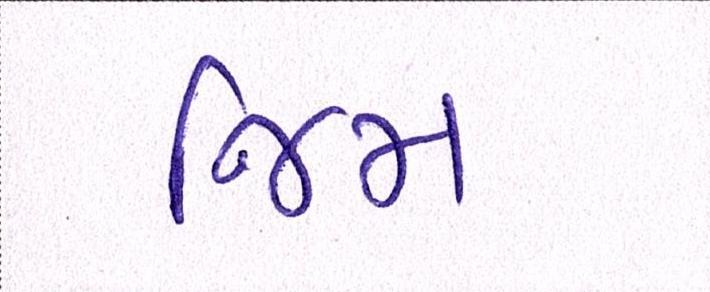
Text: જિમ